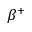
\beta ^ { + }